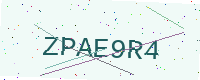
Text: ZPAE9R4